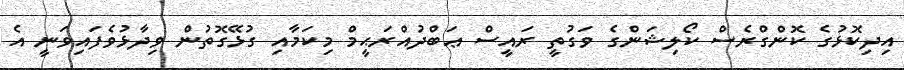
އިދިކޮޅުގެ ކޮންގްރެސް ކޯލިޝަންގެ ވަގުތީ ރައީސް ޢަބްދުއްރަޙީމް މިކަމާއި ގުޅޭގޮތުން ވިދާޅުވެފައިވަނީ އެ